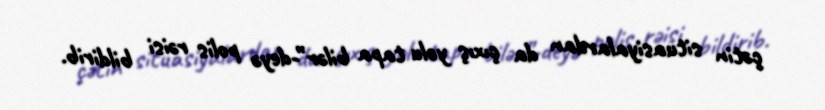
çətin situasiyalardan da çıxış yolu tapa bilər”-deyə polis rəisi bildirib.